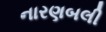
નારણબલી